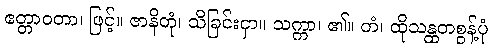
ဧတ္တာဝတာ၊ ဖြင့်။ ဇာနိတုံ၊ သိခြင်းငှာ။ သက္ကာ၊ ၏။ တံ၊ ထိုသန္ထတစွန့်ပုံ